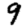
Digit: 9